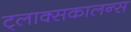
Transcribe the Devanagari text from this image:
ट्लाक्सकालन्स